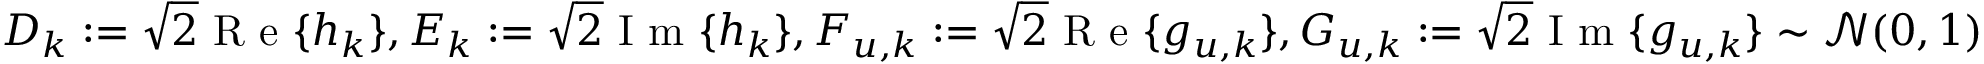
D _ { k } \mathrel { \mathop : } = \sqrt { 2 } \textnormal { R e } \{ h _ { k } \} , E _ { k } \mathrel { \mathop : } = \sqrt { 2 } \textnormal { I m } \{ h _ { k } \} , F _ { u , k } \mathrel { \mathop : } = \sqrt { 2 } \textnormal { R e } \{ g _ { u , k } \} , G _ { u , k } \mathrel { \mathop : } = \sqrt { 2 } \textnormal { I m } \{ g _ { u , k } \} \sim \mathcal { N } ( 0 , 1 )